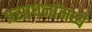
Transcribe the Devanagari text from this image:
प्रसाधनांमध्ये